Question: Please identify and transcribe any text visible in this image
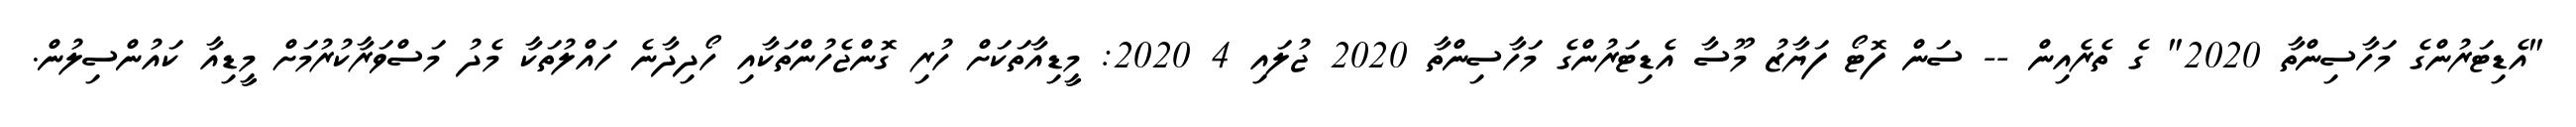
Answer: "އެޑިޓަރުންގެ މަހާސިންތާ 2020" ގެ ތެރެއިން -- ސަން ފޮޓޯ ފަޔާޒު މޫސާ އެޑިޓަރުންގެ މަހާސިންތާ 2020 ޖުލައި 4 2020: މީޑިއާތަކަށް ހުރި ގޮންޖެހުންތަކާއި ހޯދިދާނެ ހައްލުތަކާ މެދު މަސްވަރާކުރުމަށް މީޑިއާ ކައުންސިލުން.